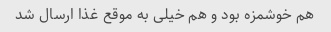
هم خوشمزه بود و هم خیلی به موقع غذا ارسال شد